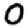
Digit: 0